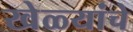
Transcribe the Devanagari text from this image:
खेळ्यांचे